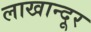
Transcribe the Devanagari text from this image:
लाखान्दूर